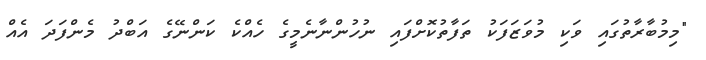
"މިމުބާރާތުގައި ވަކި މުވަޒަފަކު ތަފާތުކޮށްފައި ނުހުންނާނެމީގެ ހެއްކެ ކަންނޭގެ އަބްދު މެންފަދަ އެއް